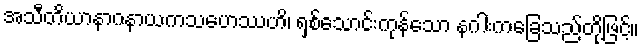
အသီတိယာနာဂနာယကသဟေဿဟိ၊ ရှစ်သောင်းကုန်သော နဂါးကခြေသည်တို့ဖြင့်။